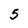
Character: 5